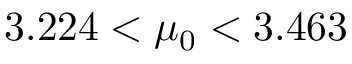
3 . 2 2 4 < \mu _ { 0 } < 3 . 4 6 3